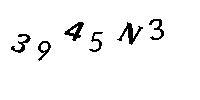
3945N3